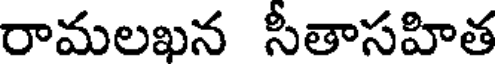
రామలఖన సీతాసహిత